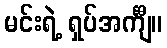
မင်းရဲ့ ရှပ်အင်္ကျီ။